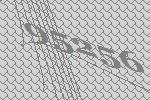
95256